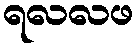
ရလလဖ